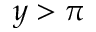
y > \pi